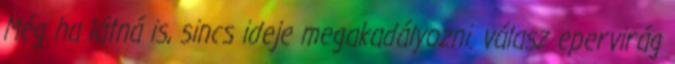
Még ha látná is, sincs ideje megakadályozni. válasz epervirág